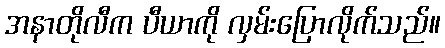
အနာတိုလီက ပီယာကို လှမ်းပြောလိုက်သည်။